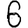
Digit: 6